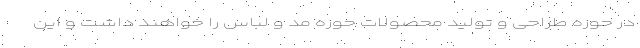
در حوزه طراحی و تولید محصولات حوزه مد و لباس را خواهند داشت و این